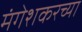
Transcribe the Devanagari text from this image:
मंगेशकरच्या